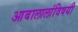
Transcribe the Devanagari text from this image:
आबालालांविषयी